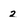
Character: 2